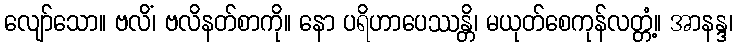
လျော်သော။ ဗလိံ၊ ဗလိနတ်စာကို။ နော ပရိဟာပေဿန္တိ၊ မယုတ်စေကုန်လတ္တံ့။ အာနန္ဒ၊